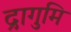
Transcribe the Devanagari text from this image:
द्रागुमि